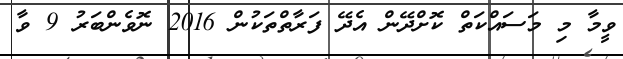
ވީމާ މި މަސައްކަތް ކޮށްދޭން އެދޭ ފަރާތްތަކުން 2016 ނޮވެންބަރު 9 ވާ